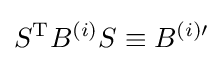
S^{\mathrm {T} }B^{(i)}S\equiv B^{(i)\prime }